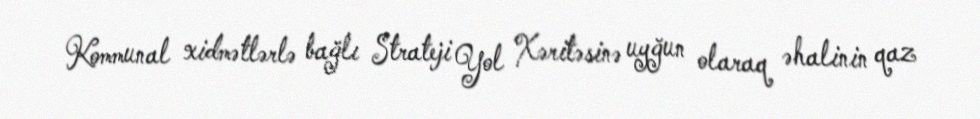
Kommunal xidmətlərlə bağlı Strateji Yol Xəritəsinə uyğun olaraq əhalinin qaz